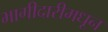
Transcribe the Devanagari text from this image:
भागीदारीमधून